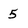
Character: 5